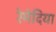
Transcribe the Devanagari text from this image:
रेमेदिया